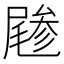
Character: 𡳔